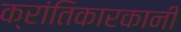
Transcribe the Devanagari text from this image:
क्रांतिकारकानी